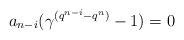
LaTeX: \begin{align*} a_{n-i}(\gamma^{(q^{n-i}-q^n)}-1)=0 \end{align*}